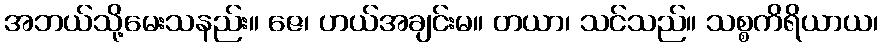
အဘယ်သို့မေးသနည်း။ ဇေ၊ ဟယ်အချင်းမ။ တယာ၊ သင်သည်။ သစ္စကိရိယာယ၊